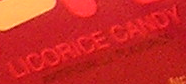
LICORICE CANDY